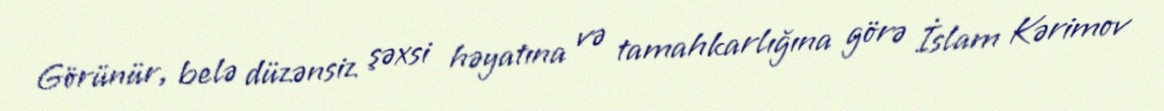
Görünür, belə düzənsiz şəxsi həyatına və tamahkarlığına görə İslam Kərimov